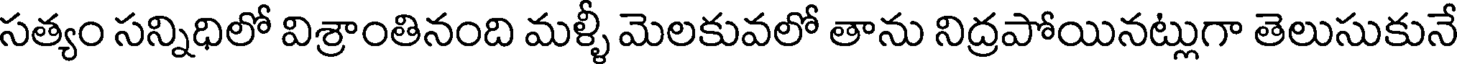
సత్యం సన్నిధిలో విశ్రాంతినంది మళ్ళీ మెలకువలో తాను నిద్రపోయినట్లుగా తెలుసుకునే